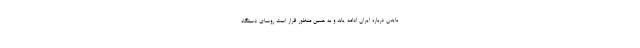
بایدن درباره ایران ادامه یابد و به همین منظور قرار است روسای دستگاه